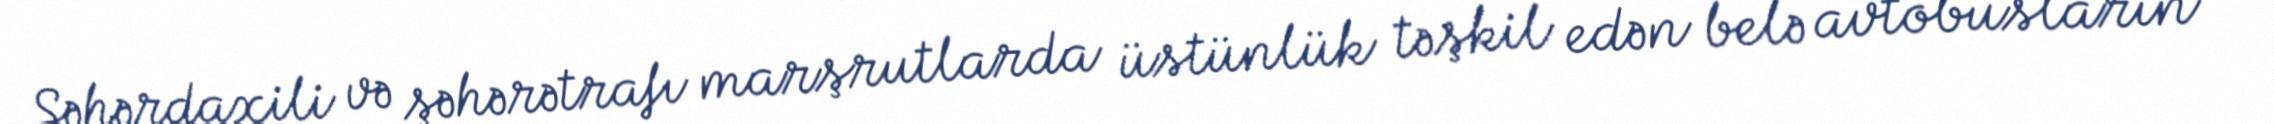
Şəhərdaxili və şəhərətrafı marşrutlarda üstünlük təşkil edən belə avtobusların